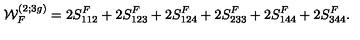
{ \cal W } _ { F } ^ { ( 2 ; 3 g ) } = 2 S _ { 1 1 2 } ^ { F } + 2 S _ { 1 2 3 } ^ { F } + 2 S _ { 1 2 4 } ^ { F } + 2 S _ { 2 3 3 } ^ { F } + 2 S _ { 1 4 4 } ^ { F } + 2 S _ { 3 4 4 } ^ { F } .